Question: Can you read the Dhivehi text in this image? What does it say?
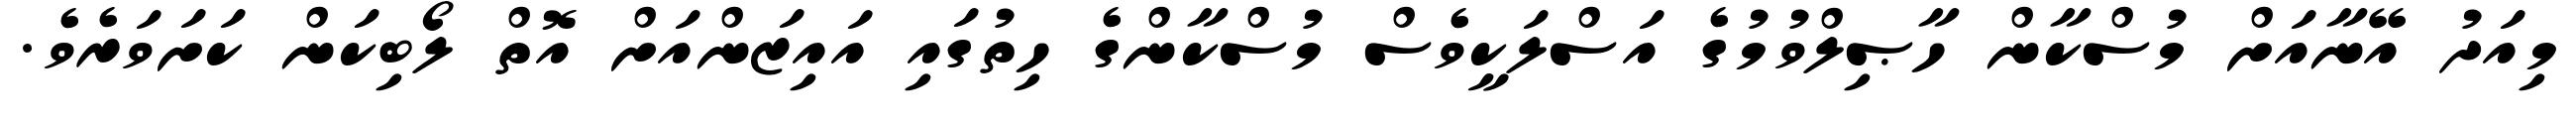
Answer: މިއަދު އޭނާއަށް މުސްކާން ހާޞިލްވުމުގެ އަސްލަކީވެސް މުސްކާންގެ ހިތުގައި އައިޒަންއަށް އޮތް ލޯބިކަން ކަށަވަރެވެ.